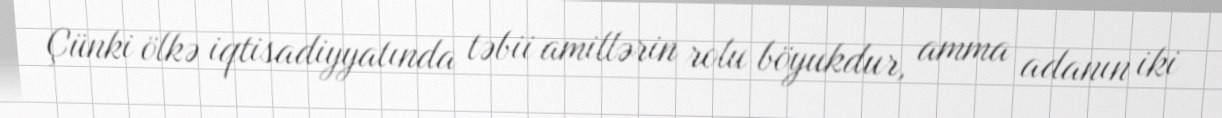
Çünki ölkə iqtisadiyyatında təbii amillərin rolu böyukdur, amma adanın iki